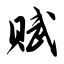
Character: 赋